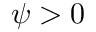
\psi > 0